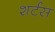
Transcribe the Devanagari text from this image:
शर्टस